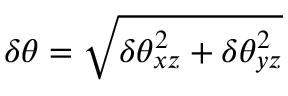
\delta \theta = \sqrt { \delta \theta _ { x z } ^ { 2 } + \delta \theta _ { y z } ^ { 2 } }